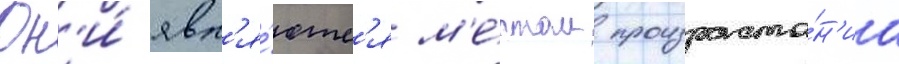
Он'и́ явл'я́ютс'я м'е́стом произраста́н'иа